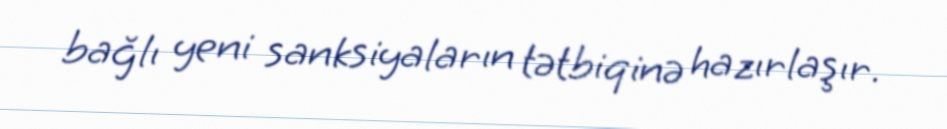
bağlı yeni sanksiyaların tətbiqinə hazırlaşır.